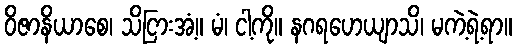
ဝိဇာနိယာစေ၊ သိငြားအံ့။ မံ၊ ငါ့ကို။ နဂရဟေယျာသိ၊ မကဲ့ရဲ့ရာ။